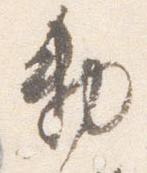
勅